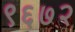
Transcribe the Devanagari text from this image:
९६७२